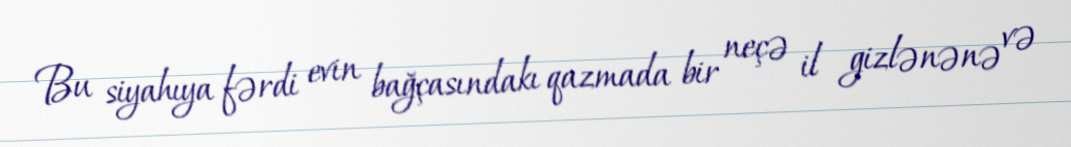
Bu siyahıya fərdi evin bağçasındakı qazmada bir neçə il gizlənənə və